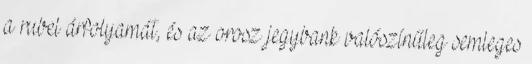
a rubel árfolyamát, és az orosz jegybank valószínűleg semleges